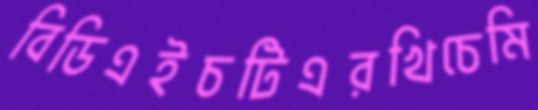
বিডিএইচটিএরখিচেমি